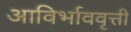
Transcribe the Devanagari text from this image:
आविर्भाववृत्ती